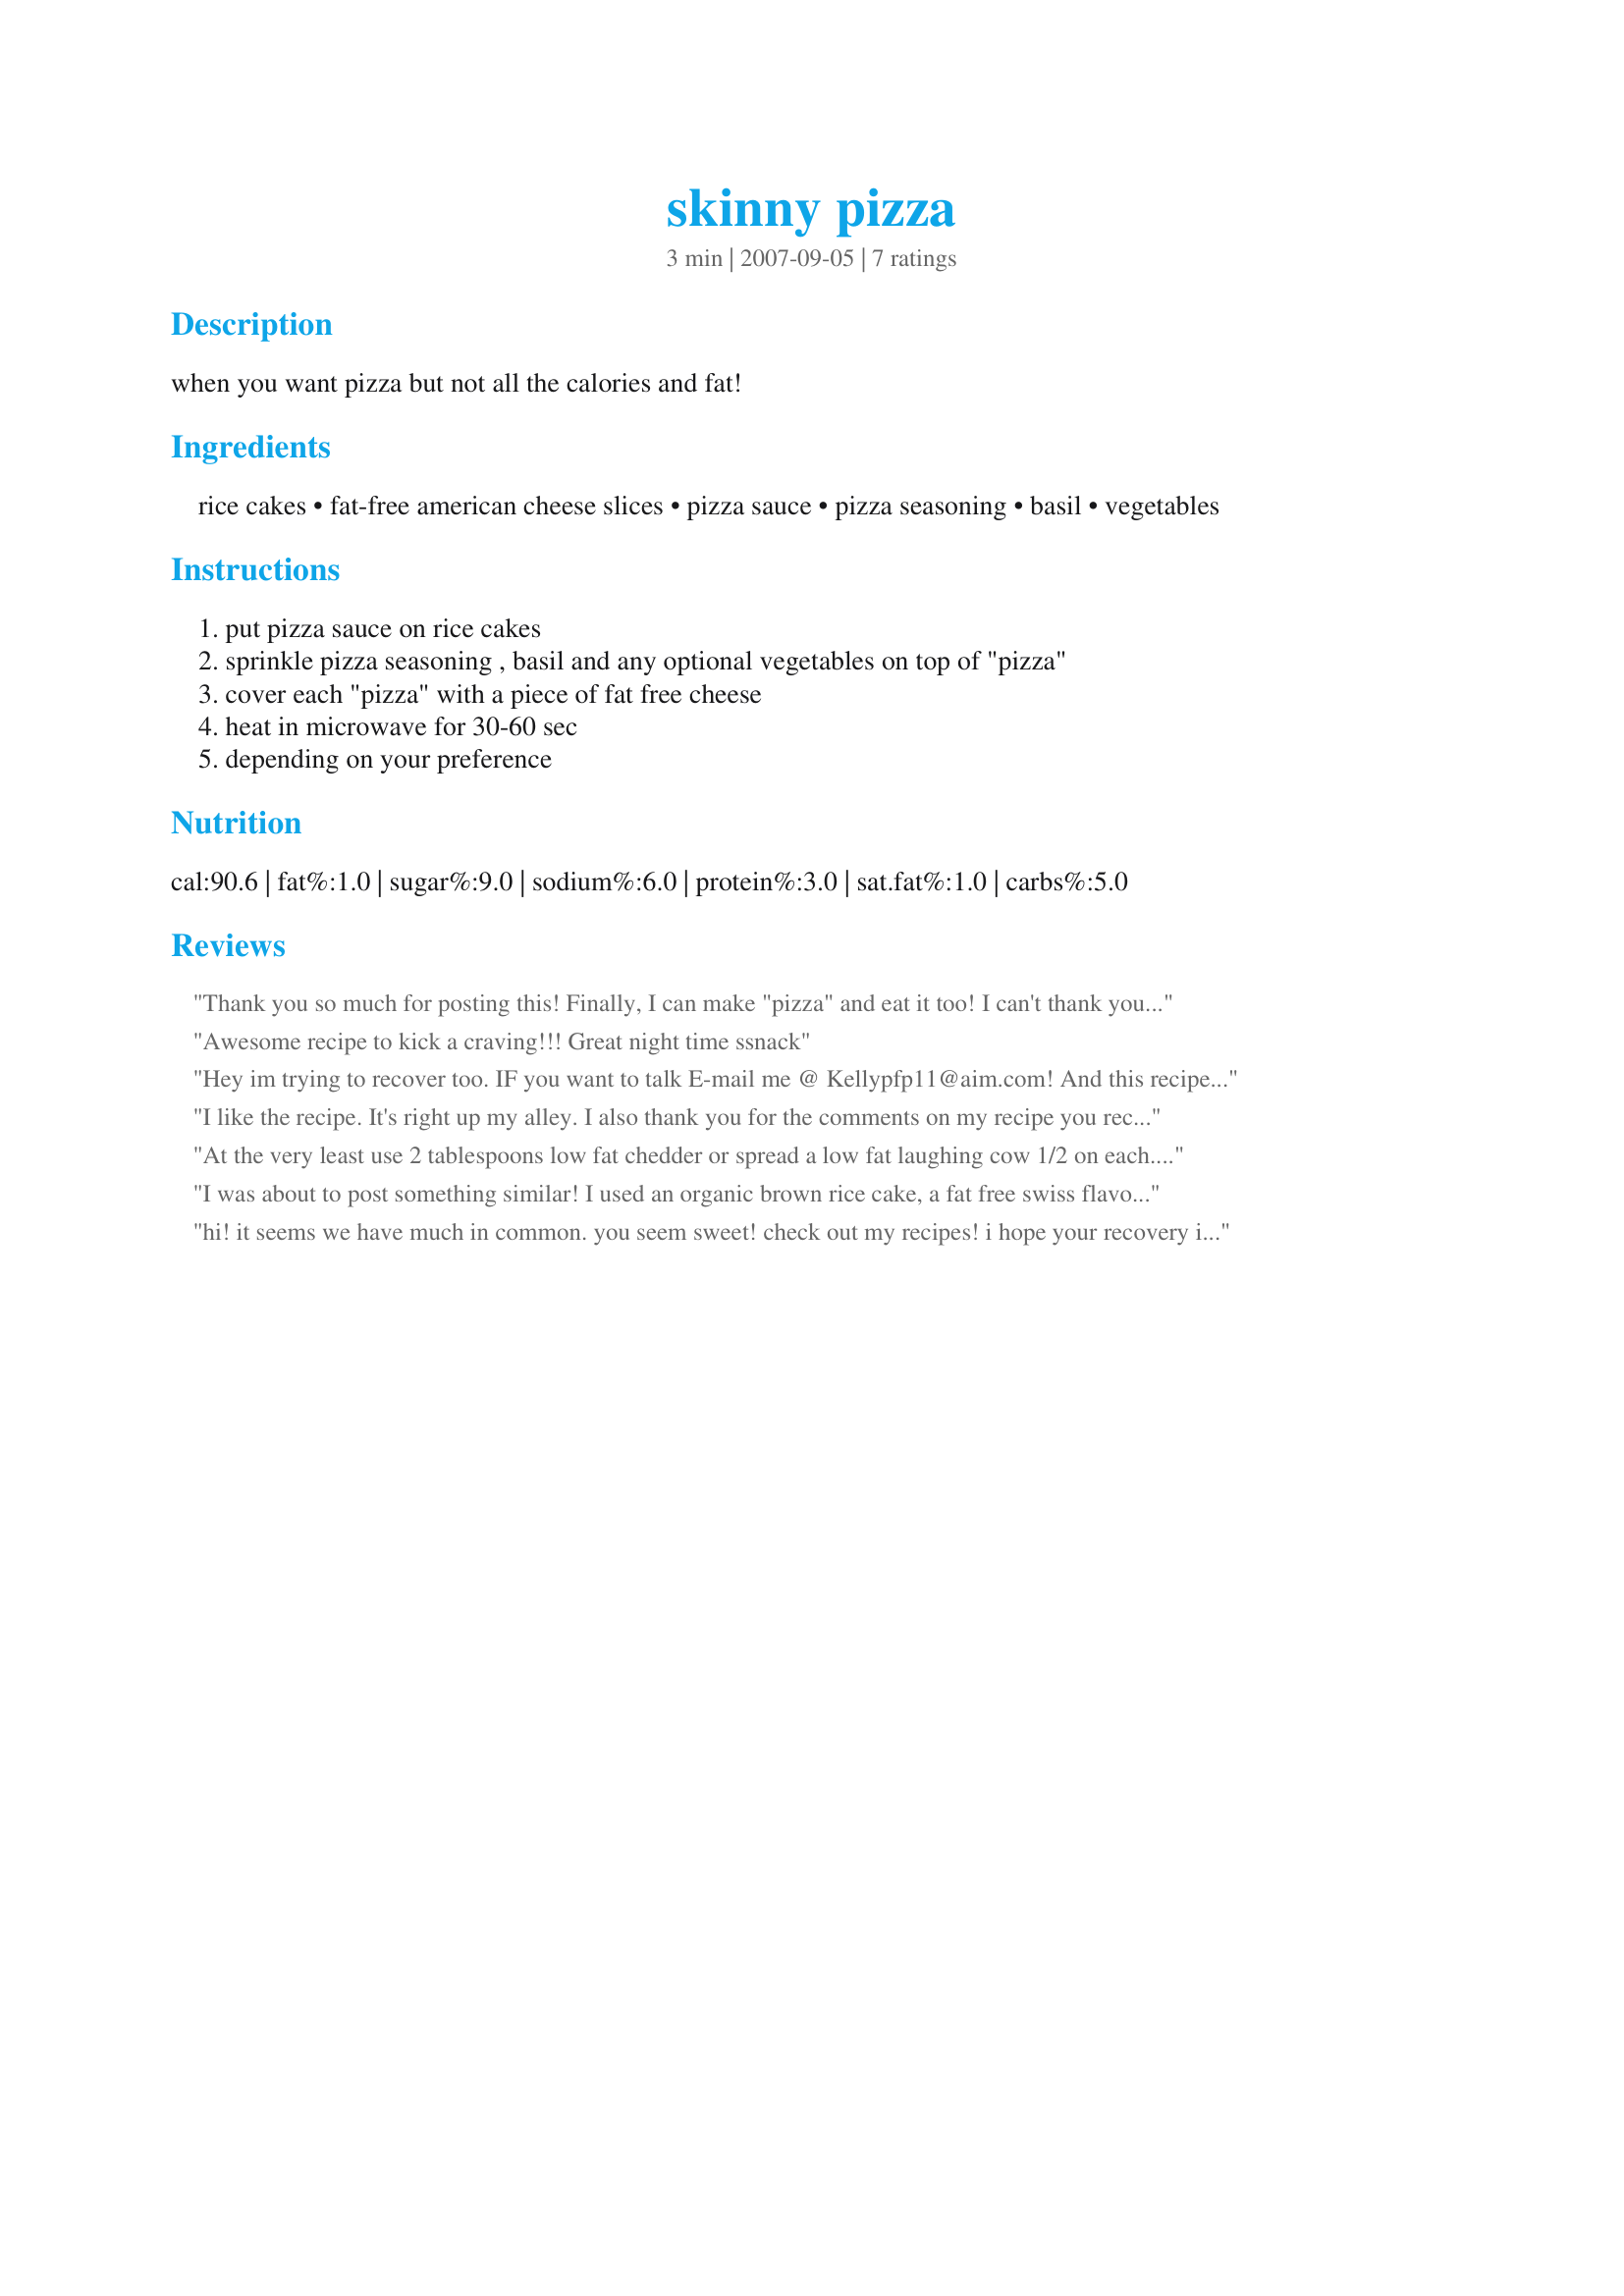
skinny pizza
Preparation time: 3 minutes

when you want pizza but not all the calories and fat!

Ingredients:
rice cakes, fat-free american cheese slices, pizza sauce, pizza seasoning, basil, vegetables

Steps:
put pizza sauce on rice cakes, sprinkle pizza seasoning , basil and any optional vegetables on top of "pizza", cover each "pizza" with a piece of fat free cheese, heat in microwave for 30-60 sec, depending on your preference

Reviews:
Thank you so much for posting this! Finally, I can make "pizza" and eat it too! I can't thank you enough :)
Awesome recipe to kick a craving!!!
Great night time ssnack
Hey im trying to recover too. IF you want to talk E-mail me @ Kellypfp11@aim.com! And this recipe sounds amazing
I like the recipe. It's right up my alley. I also thank you for the comments on my recipe you recently reviewed. I'd like to email with you outside of Recipezaar. I think we have a load in common.
At the very least use 2 tablespoons low fat chedder or spread a low fat laughing cow 1/2 on each. <br/>This sounded terrible and tasted even worst.
I was about to post something similar! I used an organic brown rice cake, a fat free swiss flavor cheese single and fut a bit of yellow mustard under the cheese for flavor - microwave for 10-15 seconds, top with lettuce, maybe a thin slice of onion and you have a guilt-free snack!
hi! it seems we have much in common. you seem sweet! check out my recipes! i hope your recovery is going well! mine is!
